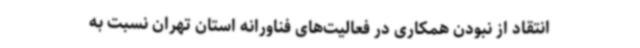
انتقاد از نبودن همکاری در فعالیت‌های فناورانه استان تهران نسبت به